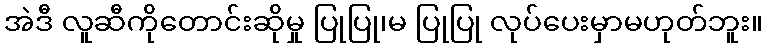
အဲဒီ လူဆီကိုတောင်းဆိုမှု ပြုပြု၊မ ပြုပြု လုပ်ပေးမှာမဟုတ်ဘူး။